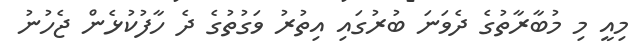
މިއީ މި މުބާރާތުގެ ދެވަނަ ބުރުގައި އިތުރު ވަގުތުގެ ދެ ހާފުކުޅެން ޖެހުނު